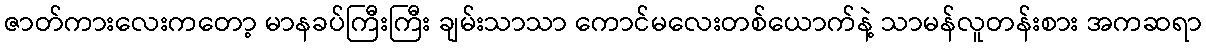
ဇာတ်ကားလေးကတော့ မာနခပ်ကြီးကြီး ချမ်းသာသာ ကောင်မလေးတစ်ယောက်နဲ့ သာမန်လူတန်းစား အကဆရာ